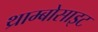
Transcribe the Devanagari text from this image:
थ्राम्बोसाइट